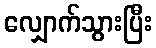
လျှောက်သွားပြီး